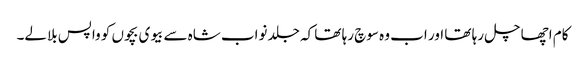
کام اچھا چل رہا تھا اور اب وہ سوچ رہا تھا کہ جلد نواب شاہ سے بیوی بچوں کو واپس بلالے۔